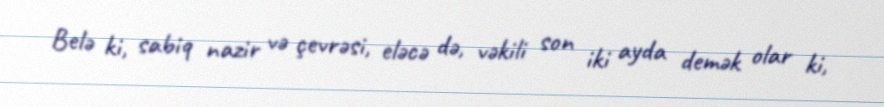
Belə ki, sabiq nazir və çevrəsi, eləcə də, vəkili son iki ayda demək olar ki,